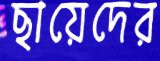
ছায়েদের